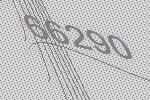
66290